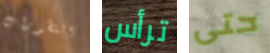
التطورات ترأس حتى